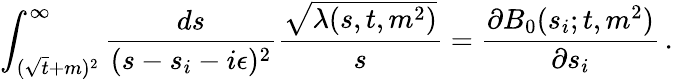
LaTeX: \int_{(\sqrt{t}+m)^{2}}^{\infty}\frac{ds}{(s-s_{i}-i\epsilon)^{2}}\frac{\sqrt{\lambda(s,t,m^{2})}}{s}=\frac{\partial B_{0}(s_{i};t,m^{2})}{\partial s_{i}}\, .